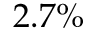
2 . 7 \%